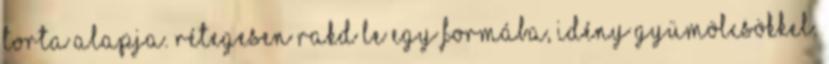
torta alapja. Rétegesen rakd le egy formába, idény gyümölcsökkel.